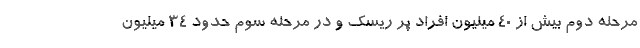
مرحله دوم بیش از 40 میلیون افراد پر ریسک و در مرحله سوم حدود 34 میلیون